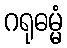
ဂရုဓမ္မံ